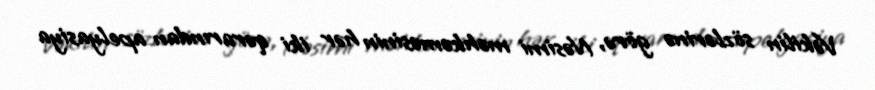
Vəkilin sözlərinə görə, Nəsimi məhkəməsinin hər iki qərarından apelyasiya